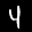
Label: 4